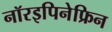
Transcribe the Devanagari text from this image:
नॉरइपिनेफ्रिन